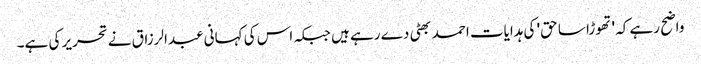
واضح رہے کہ 'تھوڑا سا حق' کی ہدایات احمد بھٹی دے رہے ہیں جبکہ اس کی کہانی عبدالرزاق نے تحریر کی ہے۔